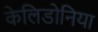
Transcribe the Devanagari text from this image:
केलिडोनिया